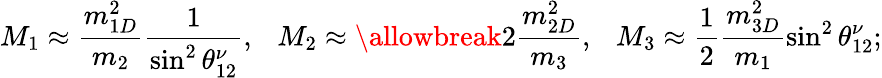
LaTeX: M_{1}\approx\frac{m_{1D}^{2}}{m_{2}}\frac{1}{\sin^{2}\theta_{12}^{\nu}},\ \ \ M_{2}\approx\allowbreak 2\frac{m_{2D}^{2}}{m_{3}},\ \ \ M_{3}\approx\frac{1}{2}\frac{m_{3D}^{2}}{m_{1}}\sin^{2}\theta_{12}^{\nu};